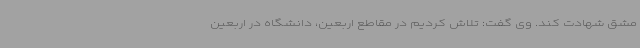
مشق شهادت کند. وی گفت: تلاش کردیم در مقاطع اربعین، دانشگاه در اربعین